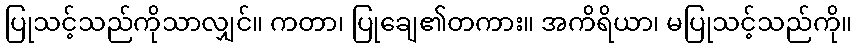
ပြုသင့်သည်ကိုသာလျှင်။ ကတာ၊ ပြုချေ၏တကား။ အကိရိယာ၊ မပြုသင့်သည်ကို။